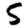
Digit: 5